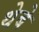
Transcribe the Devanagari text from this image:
थेबे